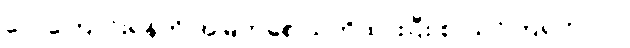
လေကြောင်းရန်ကို အမြဲတစေ သတိထားပြီး စာသင်ကြရတာပါ။